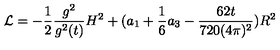
{ \cal L } = - \frac { 1 } { 2 } \frac { g ^ { 2 } } { g ^ { 2 } ( t ) } H ^ { 2 } + ( a _ { 1 } + \frac { 1 } { 6 } a _ { 3 } - \frac { 6 2 t } { 7 2 0 ( 4 \pi ) ^ { 2 } } ) R ^ { 2 }